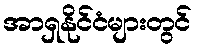
အာရှနိုင်ငံများတွင်